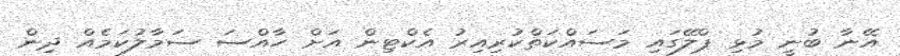
އޭނާ ބުނީ މުޅި ޕްލޭގައި މަސައްކަތްކުރިއިރު އެކްޓިން އަށް ހާއްސަ ސަމާލުކަމެއް ދިން